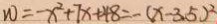
W = - x ^ { 2 } + 7 x + 4 8 = - ( x - 3 . 5 ) ^ { 2 }